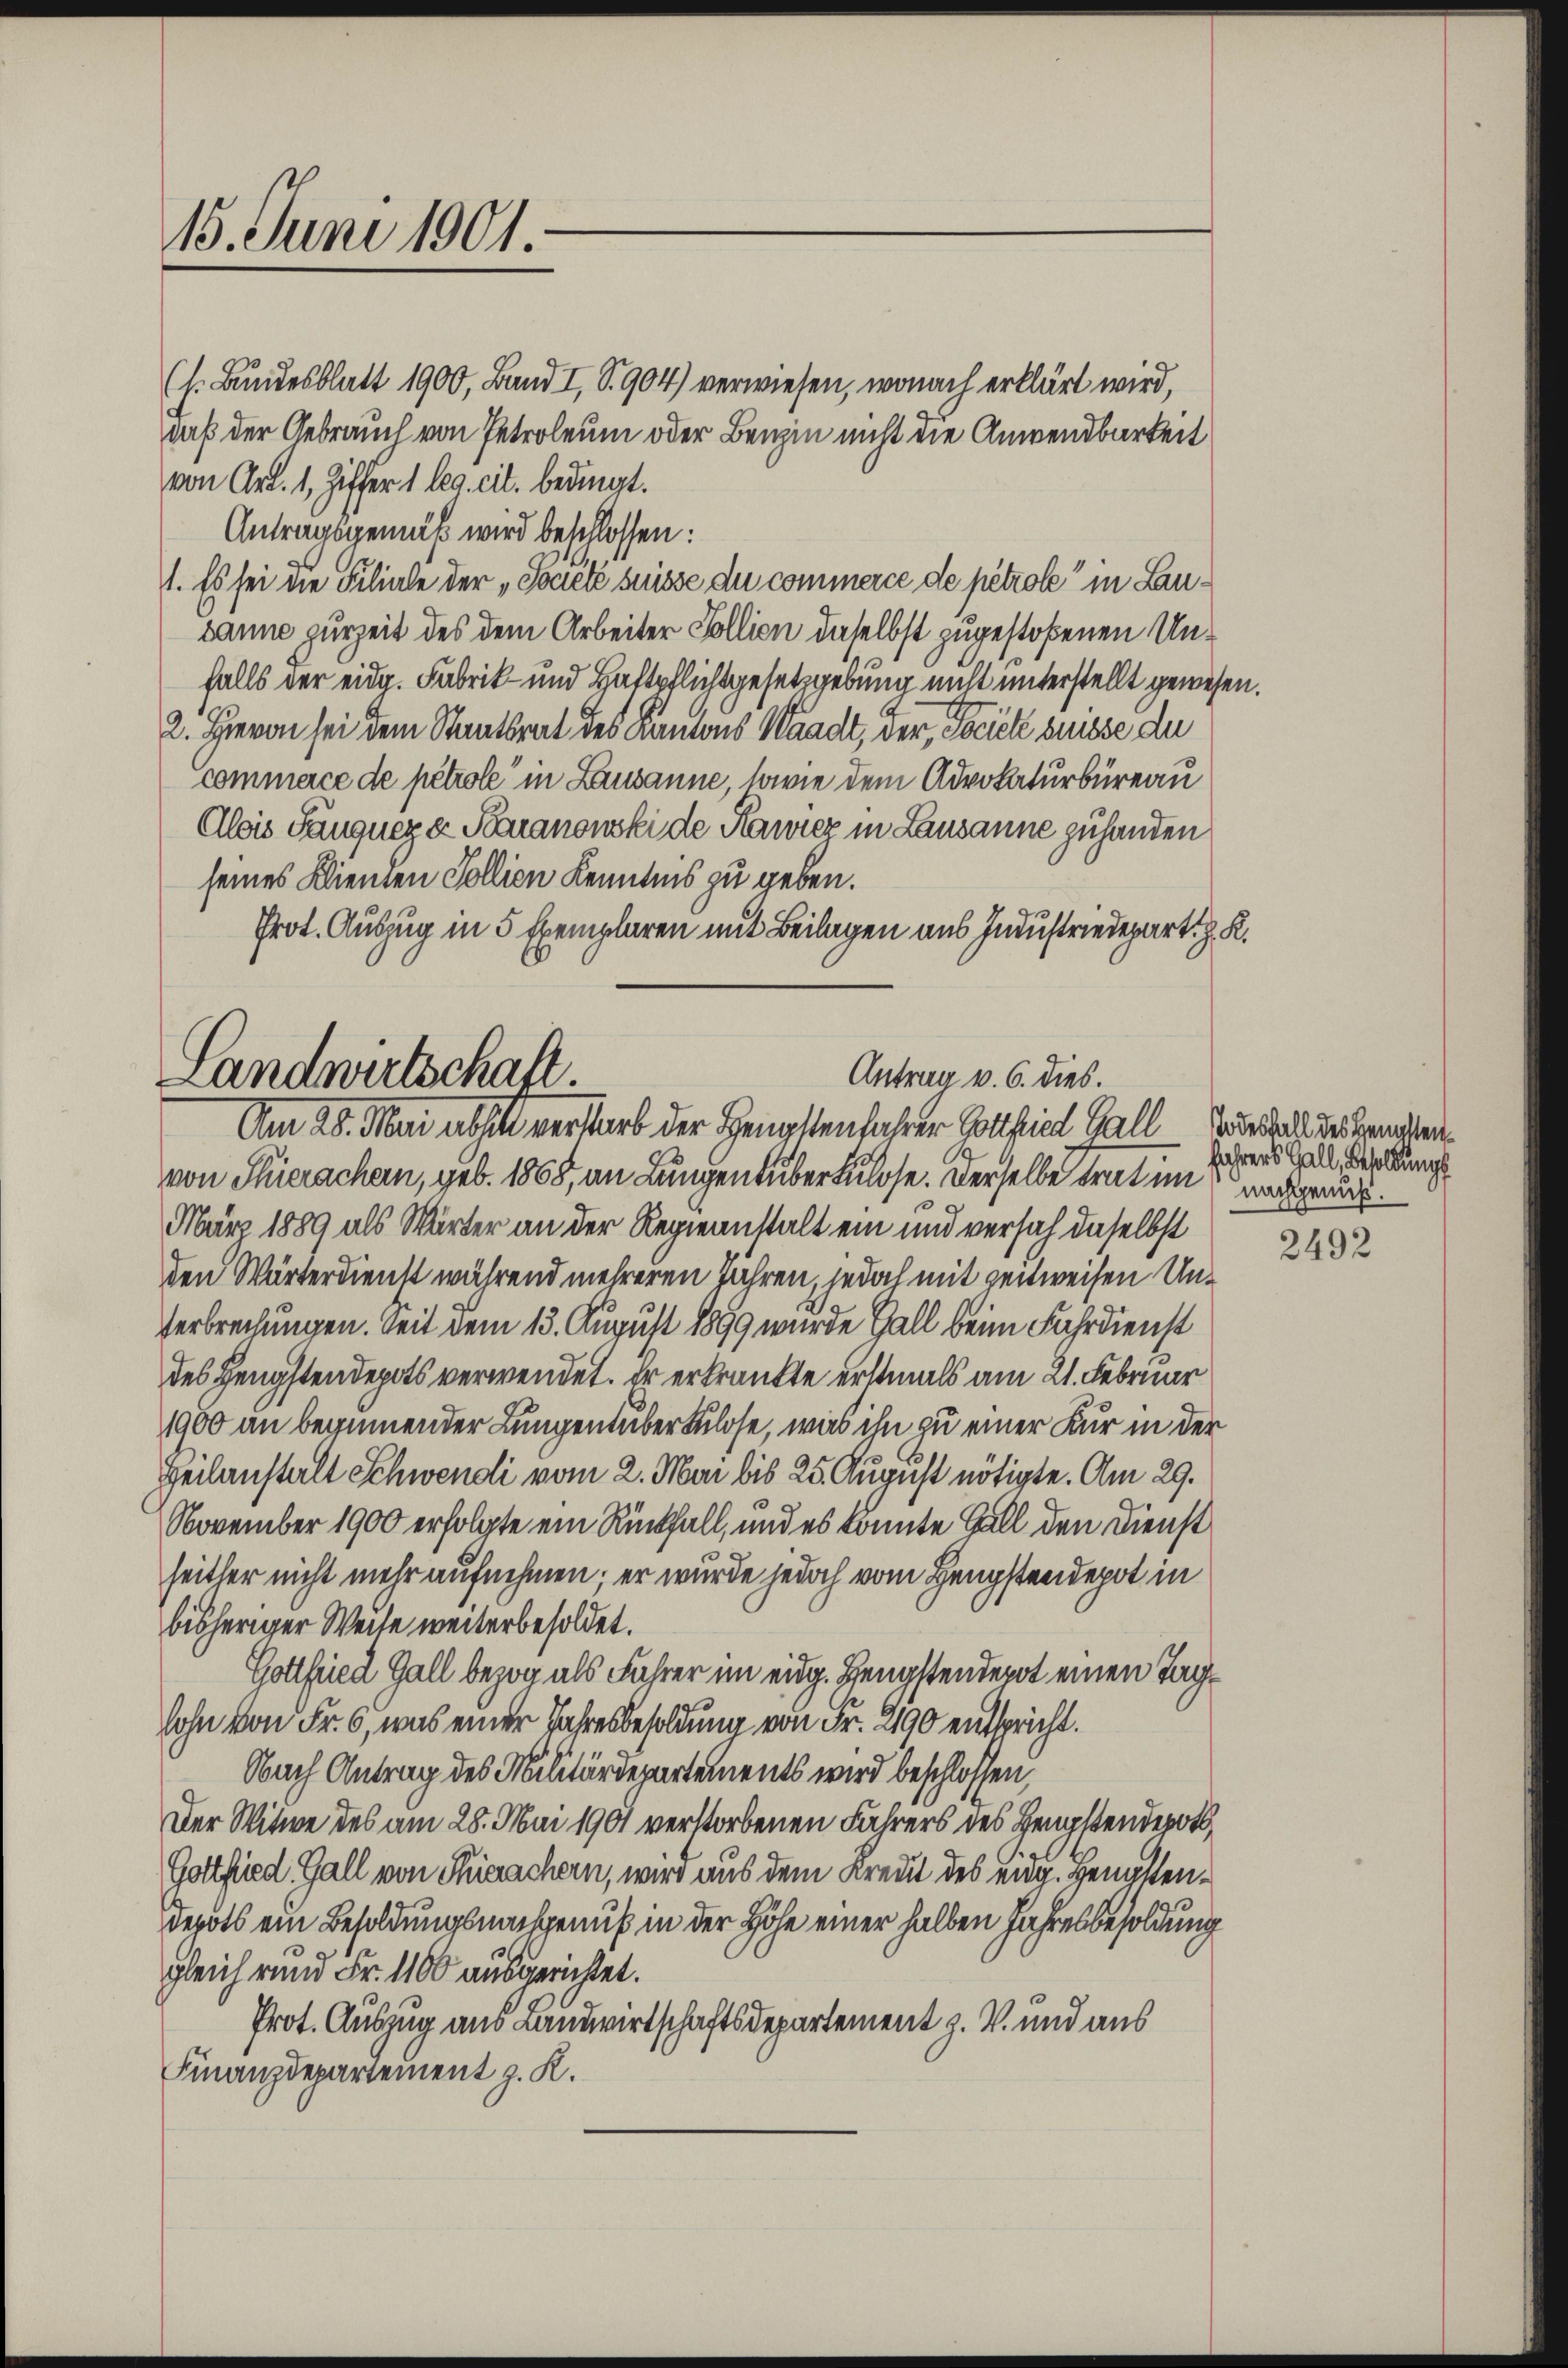
15. Juni 1901.

Landwirtschaft.
Antrag v. 6. dies.
Am 28. Mai absich verstarb der Hengstenfahrer Gottfried. Gall Todesnach der Handen

(s. Bundesblatt 1900, Band I, S. 904) verwiesen, wonach erklärt wird,
daß der Gebrauch von Petroleum oder Benzin nicht die Anwendbarkeit
von Art. 1, Ziffer 1 leg. cit. bedingt.
Antragsgemäß wird beschlossen:
1. Es sei die Filiale der „Soviele suisse du commerce de petrole in Lausanne zurzeit des dem Arbeiter Sollion daselbst zugestoßenen Unfalls der eidg. Fabrik- und Haftpflichtgesetzgebung nicht unterstellt gewesen.
2. Hievon sei dem Staatsrat des Kantons Waadt, der Frick suisse die
Commerce de pétrole in Lausanne, sowie dem Advokaturbüreau
Alsis Säugneger Paranowski de Kawiez in Lausanne zuhanden
seines Klienten Sollion Kenntnis zu geben.
Prot. Auszug in 5 Exemplaren mit Beilagen aus Industriedepart. H. K.

von Thierachern, geb. 1868, an Lungentuberkulose. Derselbe trat in nachgraus.
März 1889 als Wärter an der Regieanstalt ein und versah daselbst
den Wärterdienst während mehreren Jahren jedoch mit zeitweisen Un¬
Verbrechungen. Seit dem 13. August 1899 wurde Hall beim Fahrdienst
des Hengstendepots verwendet. Er erkrankte erstmals am 21. Februar
1900 an beginnender Lungen überkulose, was ihn zu einer Kur in der
Heilanstalt Schwendi vom 2. Mai bis 25. August nötigte. Am 29.
November 1900 erfolgte ein Rückfall, und es konnte Hall den Dienst
seither nicht mehr aufnehmen; er wurde jedoch vom Hengstendepot in
bisheriger Weise weiterbesoldet.
Gottfried Gall bezog als Führer im eidg. Hengstendepot einen Taglohn von Fr. 6, was einer Jahresbesoldung von Fr. 2190 entspricht.
Nach Antrag des Militärdepartements wird beschlossen,
Der Witwe des am 28. Mai 1901 verstorbenen Fahrers des Hengstendepots,
Gottfried, Gall von Serachern, wird aus dem Kredit des eidg. Hengstendepots ein Besoldungsnachgenuß in der Höhe einer halben Jahresbesoldung
gleich rund Fr. 1100 ausgerichtet.
Prot. Auszug aus Landwirtschaftsdepartement z. V. und aus
Finanzdepartement z. K.

Jahrers Gall, Besoldungs

2492